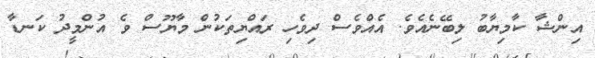
އިންޝާ ކާމިޔާބު ލިބޭނެއެވެ. އެއްވެސް ދިވެހި ރައްޔިތަކުން މާޔޫސް ވެ އުންމީދު ކަނޑާ